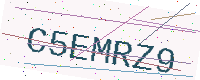
Text: C5EMRZ9